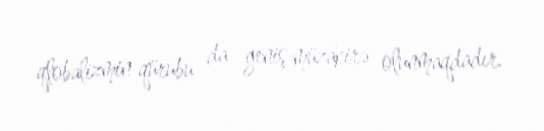
qlobalizmin qürubu da geniş müzakirə olunmaqdadır.